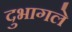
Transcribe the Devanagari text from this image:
दुभागले